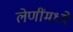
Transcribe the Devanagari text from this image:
लेणींमध्ये